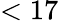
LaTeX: <17